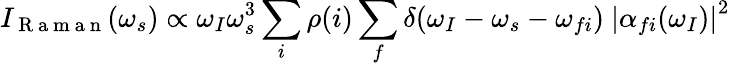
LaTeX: I_{\mathrm{~R~a~m~a~n~}}(\omega_{s})\propto\omega_{I}\omega_{s}^{3}\sum_{i}\rho(i)\sum_{f}\delta(\omega_{I}-\omega_{s}-\omega_{fi})\ \left\vert\alpha_{fi}(\omega_{I})\right\vert^{2}